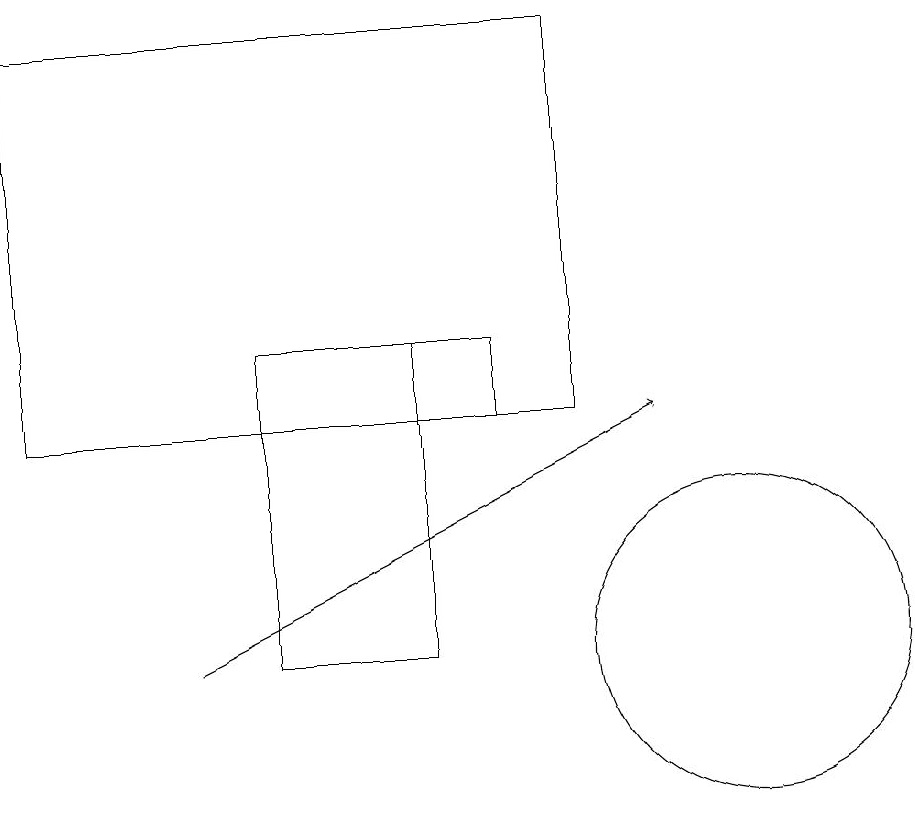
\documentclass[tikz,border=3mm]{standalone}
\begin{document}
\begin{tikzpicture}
\draw (1,14) rectangle (8,19);
\draw (6,15) rectangle (4,11);
\draw (10,11) circle (2);
\draw (7,14) rectangle (6,15);
\draw[->] (3,11) -- (9,14);
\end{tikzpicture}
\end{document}